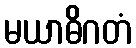
မယာဓိဂတံ